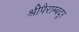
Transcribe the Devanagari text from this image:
श्रीपैराम्बदूर